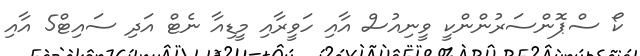
ކޯ ސްޕޮންސަރުންންކީ ވީނިއުސް އާއި ހަވީރާއި މީޑިއާ ނެޓް އަދި ސައިޓް5 އާއި